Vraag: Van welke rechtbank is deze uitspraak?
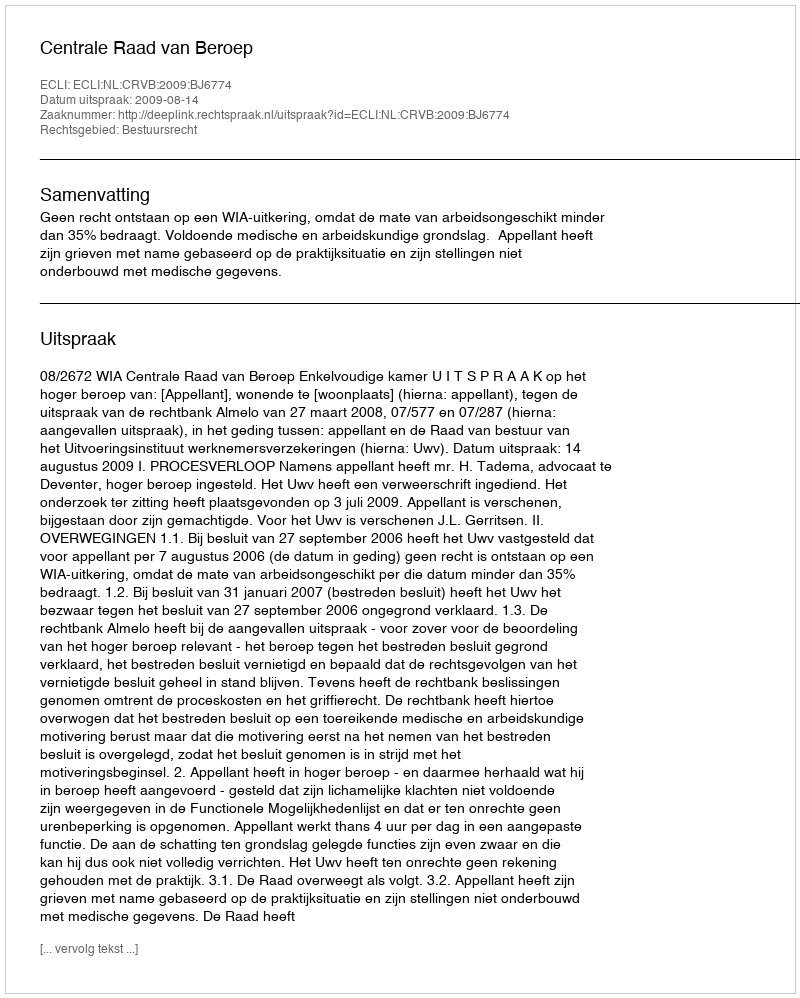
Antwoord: Centrale Raad van Beroep